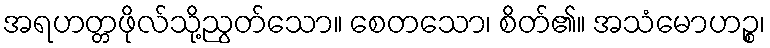
အရဟတ္တဖိုလ်သို့ညွတ်သော။ စေတသော၊ စိတ်၏။ အသံမောဟဉ္စ၊